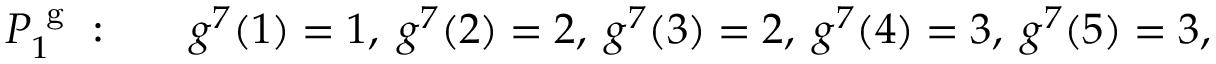
\begin{array} { r l } { P _ { 1 } ^ { \mathrm { ~ g ~ } } : \quad } & { { } g ^ { 7 } ( 1 ) = 1 , \; g ^ { 7 } ( 2 ) = 2 , \; g ^ { 7 } ( 3 ) = 2 , \; g ^ { 7 } ( 4 ) = 3 , \; g ^ { 7 } ( 5 ) = 3 , } \end{array}